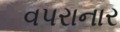
વપરાનાર